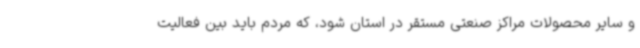
و سایر محصولات مراکز صنعتی مستقر در استان شود، که مردم باید بین فعالیت